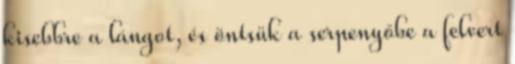
kisebbre a lángot, és öntsük a serpenyőbe a felvert